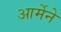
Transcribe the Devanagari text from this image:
आर्मेने